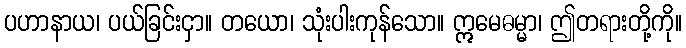
ပဟာနာယ၊ ပယ်ခြင်းငှာ။ တယော၊ သုံးပါးကုန်သော။ ဣမေဓမ္မာ၊ ဤတရားတို့ကို။